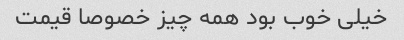
خیلی خوب بود همه چیز خصوصا قیمت